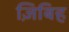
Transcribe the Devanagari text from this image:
ज़िबिह